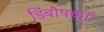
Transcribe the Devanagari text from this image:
डिंबौषकों